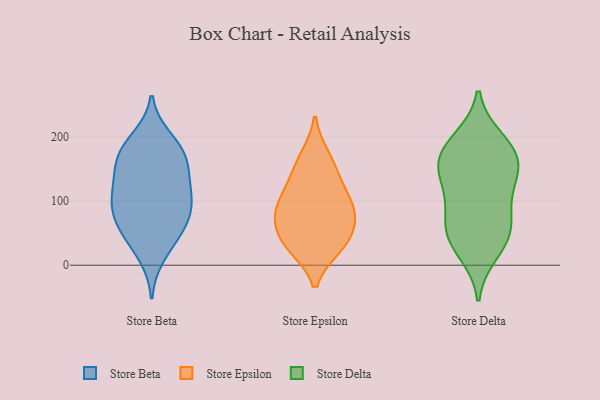
{"axis": {"x": "Production Output", "y": "Value"}, "legend": ["Store Beta", "Store Delta", "Store Epsilon"], "data": [{"x": "", "y": 53, "type": "Store Beta"}, {"x": "", "y": 93, "type": "Store Beta"}, {"x": "", "y": 50, "type": "Store Beta"}, {"x": "", "y": 114, "type": "Store Beta"}, {"x": "", "y": 163, "type": "Store Beta"}, {"x": "", "y": 197, "type": "Store Beta"}, {"x": "", "y": 82, "type": "Store Beta"}, {"x": "", "y": 130, "type": "Store Beta"}, {"x": "", "y": 186, "type": "Store Beta"}, {"x": "", "y": 96, "type": "Store Beta"}, {"x": "", "y": 162, "type": "Store Beta"}, {"x": "", "y": 98, "type": "Store Beta"}, {"x": "", "y": 143, "type": "Store Beta"}, {"x": "", "y": 176, "type": "Store Beta"}, {"x": "", "y": 15, "type": "Store Beta"}, {"x": "", "y": 54, "type": "Store Beta"}, {"x": "", "y": 34, "type": "Store Epsilon"}, {"x": "", "y": 36, "type": "Store Epsilon"}, {"x": "", "y": 75, "type": "Store Epsilon"}, {"x": "", "y": 30, "type": "Store Epsilon"}, {"x": "", "y": 73, "type": "Store Epsilon"}, {"x": "", "y": 168, "type": "Store Epsilon"}, {"x": "", "y": 100, "type": "Store Epsilon"}, {"x": "", "y": 117, "type": "Store Epsilon"}, {"x": "", "y": 148, "type": "Store Epsilon"}, {"x": "", "y": 85, "type": "Store Epsilon"}, {"x": "", "y": 45, "type": "Store Delta"}, {"x": "", "y": 156, "type": "Store Delta"}, {"x": "", "y": 76, "type": "Store Delta"}, {"x": "", "y": 57, "type": "Store Delta"}, {"x": "", "y": 121, "type": "Store Delta"}, {"x": "", "y": 157, "type": "Store Delta"}, {"x": "", "y": 187, "type": "Store Delta"}, {"x": "", "y": 172, "type": "Store Delta"}, {"x": "", "y": 150, "type": "Store Delta"}, {"x": "", "y": 46, "type": "Store Delta"}, {"x": "", "y": 106, "type": "Store Delta"}, {"x": "", "y": 21, "type": "Store Delta"}, {"x": "", "y": 195, "type": "Store Delta"}]}